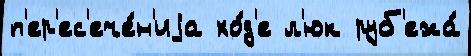
п'ер'ес'ече́н'иjа хо́д'е л'юк руб'ежа́